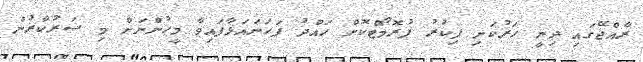
ރާއްޖޭގައި ދިނީ ހަރުކަށި ފިކުރު ޕުރޮމޯޓްކޮށް ހައްދު ފަހަނައަޅާފައިވާ މީހުންނަށް މި ސަރުކާރުން